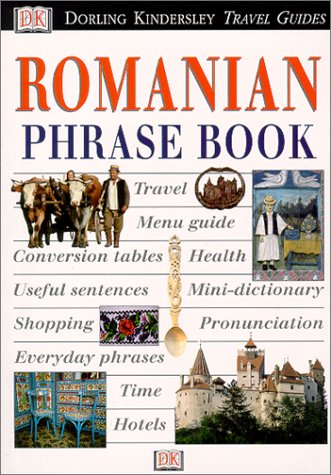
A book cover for Eyewitness Travel Phrasebook: Romanian; DK Publishing; Travel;